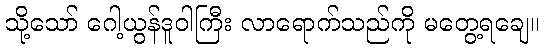
သို့သော် ဂေါ့ယွန်ဒူဝါကြီး လာရောက်သည်ကို မတွေ့ရချေ။